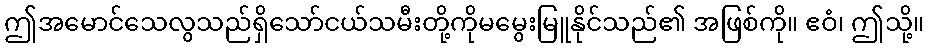
ဤအမောင်သေလွသည်ရှိသော်ငယ်သမီးတို့ကိုမမွေးမြူနိုင်သည်၏ အဖြစ်ကို။ ဧဝံ၊ ဤသို့။